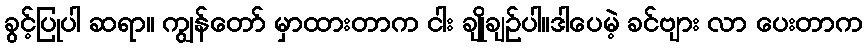
ခွင့်ပြုပါ ဆရာ။ ကျွန်တော် မှာထားတာက ငါး ချိုချဉ်ပါ။ဒါပေမဲ့ ခင်ဗျား လာ ပေးတာက